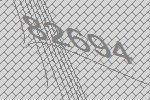
82694